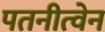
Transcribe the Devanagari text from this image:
पतनीत्वेन